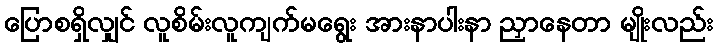
ပြောစရှိလျှင် လူစိမ်းလူကျက်မရွေး အားနာပါးနာ ညှာနေတာ မျိုးလည်း